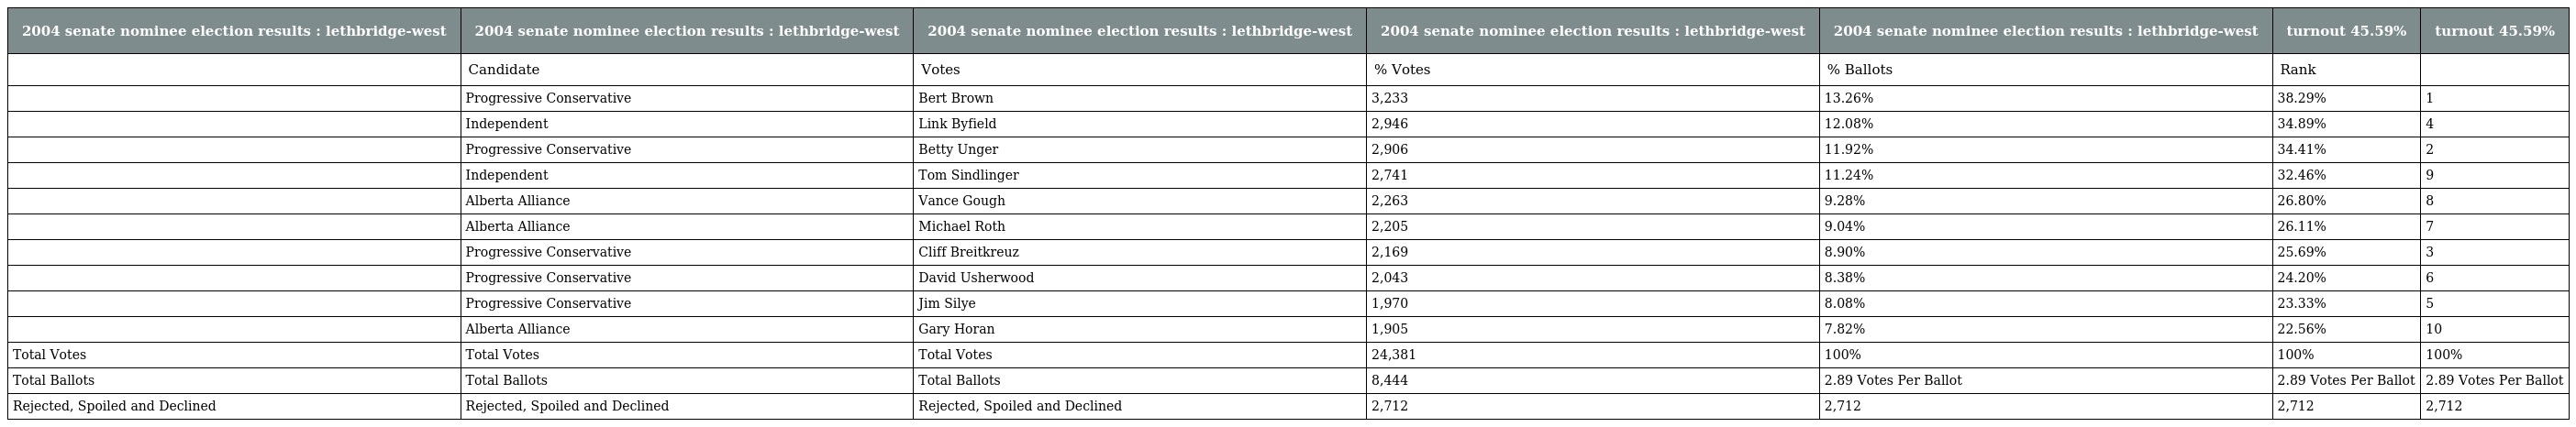
| 2004 senate nominee election results : lethbridge-west | 2004 senate nominee election results : lethbridge-west | 2004 senate nominee election results : lethbridge-west | 2004 senate nominee election results : lethbridge-west | 2004 senate nominee election results : lethbridge-west | turnout 45.59% | turnout 45.59% |
 | --- | --- | --- | --- | --- | --- | --- |
 |  | Candidate | Votes | % Votes | % Ballots | Rank |  |
 |  | Progressive Conservative | Bert Brown | 3,233 | 13.26% | 38.29% | 1 |
 |  | Independent | Link Byfield | 2,946 | 12.08% | 34.89% | 4 |
 |  | Progressive Conservative | Betty Unger | 2,906 | 11.92% | 34.41% | 2 |
 |  | Independent | Tom Sindlinger | 2,741 | 11.24% | 32.46% | 9 |
 |  | Alberta Alliance | Vance Gough | 2,263 | 9.28% | 26.80% | 8 |
 |  | Alberta Alliance | Michael Roth | 2,205 | 9.04% | 26.11% | 7 |
 |  | Progressive Conservative | Cliff Breitkreuz | 2,169 | 8.90% | 25.69% | 3 |
 |  | Progressive Conservative | David Usherwood | 2,043 | 8.38% | 24.20% | 6 |
 |  | Progressive Conservative | Jim Silye | 1,970 | 8.08% | 23.33% | 5 |
 |  | Alberta Alliance | Gary Horan | 1,905 | 7.82% | 22.56% | 10 |
 | Total Votes | Total Votes | Total Votes | 24,381 | 100% | 100% | 100% |
 | Total Ballots | Total Ballots | Total Ballots | 8,444 | 2.89 Votes Per Ballot | 2.89 Votes Per Ballot | 2.89 Votes Per Ballot |
 | Rejected, Spoiled and Declined | Rejected, Spoiled and Declined | Rejected, Spoiled and Declined | 2,712 | 2,712 | 2,712 | 2,712 |